Report on the bubonic plague in Bombay, 1896-1897
Year: 1896
Disease focus: Plague
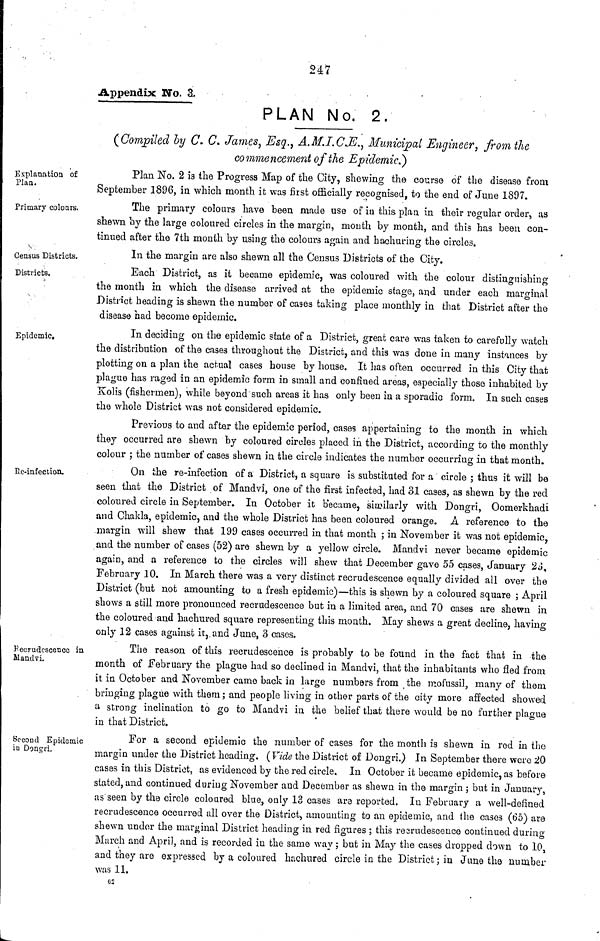
247
Appendix No. 3.
PLAN No. 2.
(Compiled by C. C. James, Esq., A.M.I.C.E., Municipal Engineer, from the
commencement of the Epidemic.)
Explanation of
Plan.
Plan No. 2 is the Progress Map of the City, shewing the course of the disease from
September 1896, in which month it was first officially recognised, to the end of June 1897.
Primary colours.
The primary colours have been made use of in this plan in their regular order, as
shewn by the large coloured circles in the margin, mouth by month, and this has been con-
tinued after the 7th month by using the colours again and hachuring the circles.
Census Districts.
In the margin are also shewn all the Census Districts of the City.
Districts.
Each District, as it became epidemic, was coloured with the colour distinguishing
the month in which the disease arrived at the epidemic stage, and under each marginal
District heading is shewn the number of cases taking place monthly in that District after the
disease had become epidemic.
Epidemic.
In deciding on the epidemic state of a District, great care was taken to carefully watch
the distribution of the cases throughout the District, and this was done in many instances by
plotting on a plan the actual cases house by house. It has often occurred in this City that
plague has raged in an epidemic form in small and confined areas, especially those inhabited by
Kolis (fishermen), while beyond such areas it has only been in a sporadic form. In such cases
the whole District was not considered epidemic.
Previous to and after the epidemic period, cases appertaining to the month in which
they occurred are shewn by coloured circles placed in the District, according to the monthly
colour ; the number of cases shewn in the circle indicates the number occurring in that month.
Re-infection.
On the re-infection of a District, a square is substituted for a circle ; thus it will be
seen that the District of Mandvi, one of the first infected, had 31 cases, as shewn by the red
coloured circle in September, In October it became, similarly with Dongri, Oomerkhadi
and Chakla, epidemic, and the whole District has been coloured orange. A reference to the
margin will shew that 199 cases occurred in that month ; in November it was not epidemic,
and the number of cases (52) are shewn by a yellow circle. Mandvi never became epidemic
again, and a reference to the circles will shew that December gave 55 cases, January 23,
February 10. In March there was a very distinct recrudescence equally divided all over the
District (but not amounting to a fresh epidemic)—this is shewn by a coloured square ; April
shows a still more pronounced recrudescence but in a limited area, and 70 cases are shewn in
the coloured and hachured square representing this month. May shews a great decline, having
only 12 cases against it, and June, 3 cases.
Recrudescence in
Mandvi.
The reason of this recrudescence is probably to be found in the fact that in the
month of February the plague had so declined in Mandvi, that the inhabitants who fled from
it in October and November came back in large numbers from the mofussil, many of them
bringing plague with them ; and people living in other parts of the city more affected showed
a strong inclination to go to Mandvi in the belief that there would be no further plague
in that District.
Second Epidemic
in Dongri.
For a second epidemic the number of cases for the month is shewn in red in the
margin under the District heading. (Vide the District of Dongri.) In September there were 20
cases in this District, as evidenced by the red circle. In October it became epidemic, as before
slated, and continued during November and December as shewn in the margin ; but in January,
as seen by the circle coloured blue, only 13 cases are reported. In February a well-defined
recrudescence occurred all over the District, amounting to an epidemic, and the cases (65) are
shewn under the marginal District heading in red figures ; this recrudescence continued during
March and April, and is recorded in the same way ; but in May the cases dropped down to 10,
and they are expressed by a coloured hachured circle in the District ; in June the number
was 11.
62